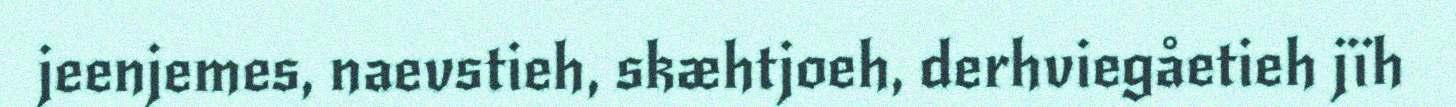
jeenjemes, naevstieh, skæhtjoeh, derhviegåetieh jïh